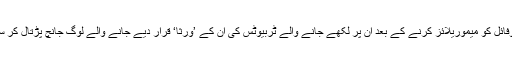
ان کی پروفائل کو میموریلائز کرنے کے بعد ان پر لکھے جانے والے ٹرِبیوٹس کی ان کے ’ورثا‘ قرار دیے جانے والے لوگ جانچ پڑتال کر سکیں گے۔